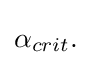
\alpha _{crit}.\,\!